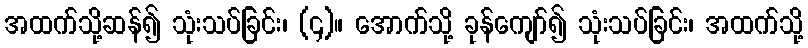
အထက်သို့ဆန်၍ သုံးသပ်ခြင်း၊ (၄)။ အောက်သို့ ခုန်ကျော်၍ သုံးသပ်ခြင်း၊ အထက်သို့